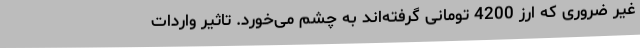
غیر ضروری که ارز 4200 تومانی گرفته‌اند به چشم می‌خورد. تاثیر واردات